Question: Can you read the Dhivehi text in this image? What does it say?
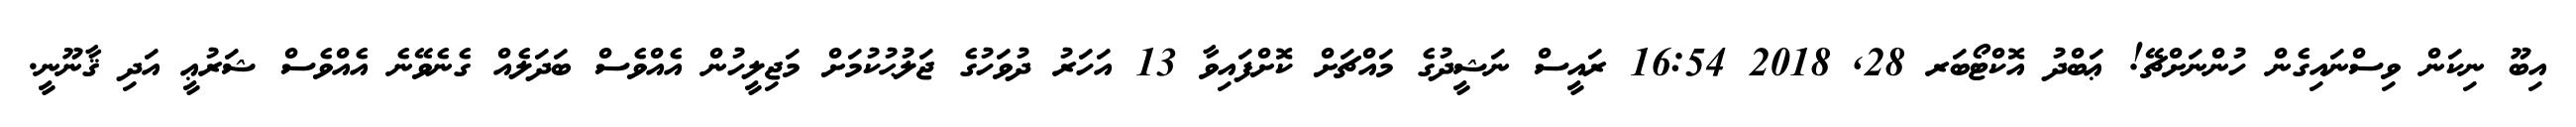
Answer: އިބޫ ނިކަން ވިސްނައިގެން ހުންނަށްޗޭ! ޢަބްދު އޮކްޓޯބަރ 28, 2018 16:54 ރައީސް ނަޝީދުގެ މައްޗަށް ކޮށްފައިވާ 13 އަހަރު ދުވަހުގެ ޖަލުޙުކުމަށް މަޖިލީހުން އެއްވެސް ބަދަލެއް ގެނެވޭނެ އެއްވެސް ޝަރުޢީ އަދި ޤާނޫނީ.